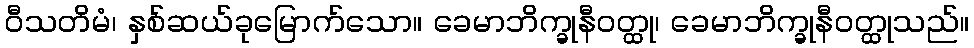
ဝီသတိမံ၊ နှစ်ဆယ်ခုမြောက်သော။ ခေမာဘိက္ခုနီဝတ္ထု၊ ခေမာဘိက္ခုနီဝတ္ထုသည်။